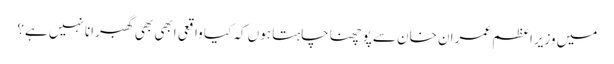
میں وزیراعظم عمران خان سے پوچھنا چاہتا ہوں کہ کیا واقعی ابھی بھی گھبرانا نہیں ہے؟